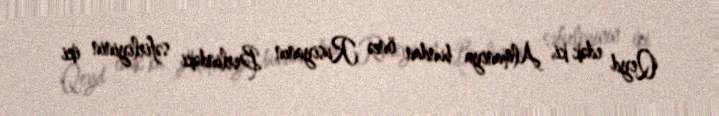
Qeyd edək ki, Almaniya bundan öncə Rusiyanın Berlindəki səfirliyinin iki